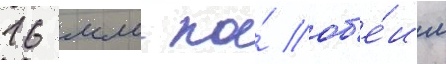
16 мм по́ об'е́им